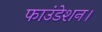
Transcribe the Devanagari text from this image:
फाउंडेशन।